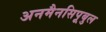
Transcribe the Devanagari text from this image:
अनमैनसिपूबुल